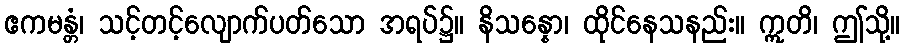
ဧကမန္တံ၊ သင့်တင့်လျောက်ပတ်သော အရပ်၌။ နိသန္နော၊ ထိုင်နေသနည်း။ ဣတိ၊ ဤသို့။